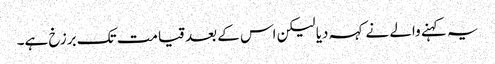
یہ کہنے والے نے کہہ دیا لیکن اس کے بعد قیامت تک برزخ ہے۔